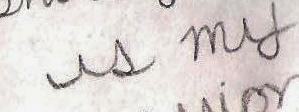
ul my